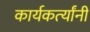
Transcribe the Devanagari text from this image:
कार्यकर्त्‍यांनी